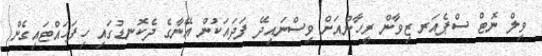
ވިލް ނޮޓް ސްޕެއަރ ޒިވާން ރީހާންއަށް ވިސްނައިދޭ ފަދައަކުން އޭނާގެ ދެކޮނޑުގައި ހިފަހައްޓައިގެން